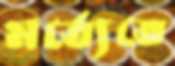
মর্ত্যেতে